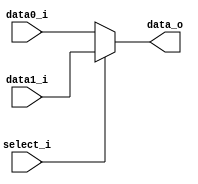
// id: 109550022

`timescale 1ns/1ps
module MUX_2to1(
               data0_i,
               data1_i,
               select_i,
               data_o
               );

parameter size = 0;			   
			
//I/O ports               
input   [size-1:0] data0_i;          
input   [size-1:0] data1_i;
input              select_i;
output  [size-1:0] data_o; 

//Internal Signals
reg     [size-1:0] data_o;

//Main function
always @(data0_i or data1_i or select_i) begin
    data_o <= select_i ? data1_i:data0_i;
end

endmodule